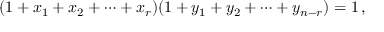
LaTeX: ( 1 + x _ { 1 } + x _ { 2 } + \cdots + x _ { r } ) ( 1 + y _ { 1 } + y _ { 2 } + \cdots + y _ { n - r } ) = 1 \, ,